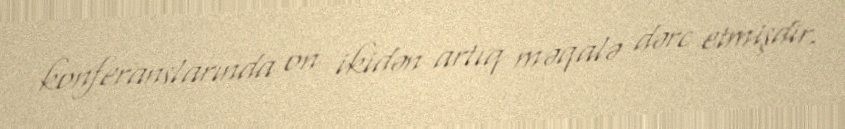
konferanslarında on ikidən artıq məqalə dərc etmişdir.